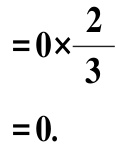
\[
\begin{align*}
&=0\times\frac{2}{3}\\
&=0.
\end{align*}
\]